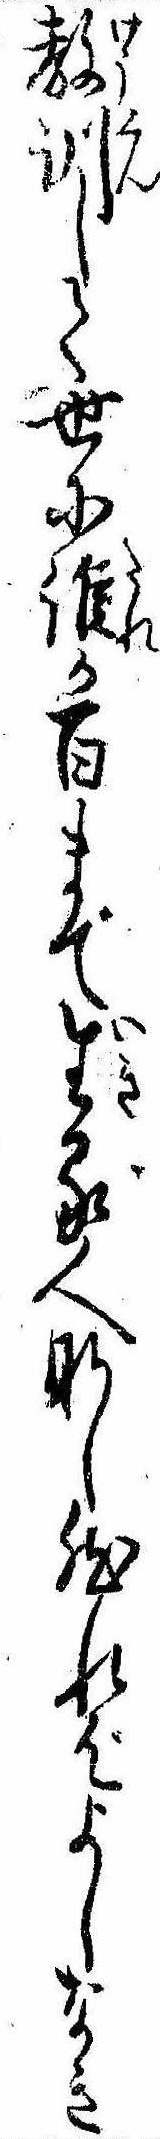
教訓して世に誰か百まで生る人なし然ればよしなき